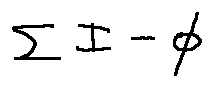
\sum I - \phi